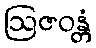
ဩဇဝန္တံ